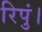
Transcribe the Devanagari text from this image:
रिपुं।